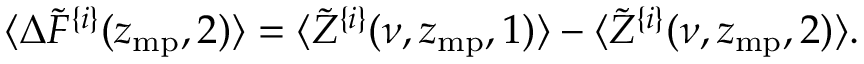
\langle \Delta \tilde { F } ^ { \{ i \} } ( z _ { \mathrm { m p } } , 2 ) \rangle = \langle \tilde { Z } ^ { \{ i \} } ( \nu , z _ { \mathrm { m p } } , 1 ) \rangle - \langle \tilde { Z } ^ { \{ i \} } ( \nu , z _ { \mathrm { m p } } , 2 ) \rangle .